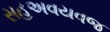
સહઅવયવજ